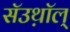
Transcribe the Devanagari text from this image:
सॅउथ़ॉल्